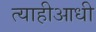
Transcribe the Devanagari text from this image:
त्याहीआधी